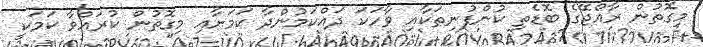
މިގޮތުން ރާއްޖޭގެ ބޮޑެތި ކުންފުނިތަކާއި ވާހަކަ ދައްކަމުންދާ ކަމަށާއި މިގޮތުން ކުރައްވާ ކަމަކީ